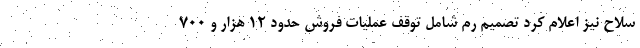
سلاح نیز اعلام کرد تصمیم رم شامل توقف عملیات فروش حدود ۱۲ هزار و ۷۰۰